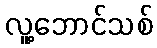
လူ့ဘောင်သစ်